Triennial report on the lunatic asylums in the province of Eastern Bengal and Assam - 1903-1911
Year: 1903
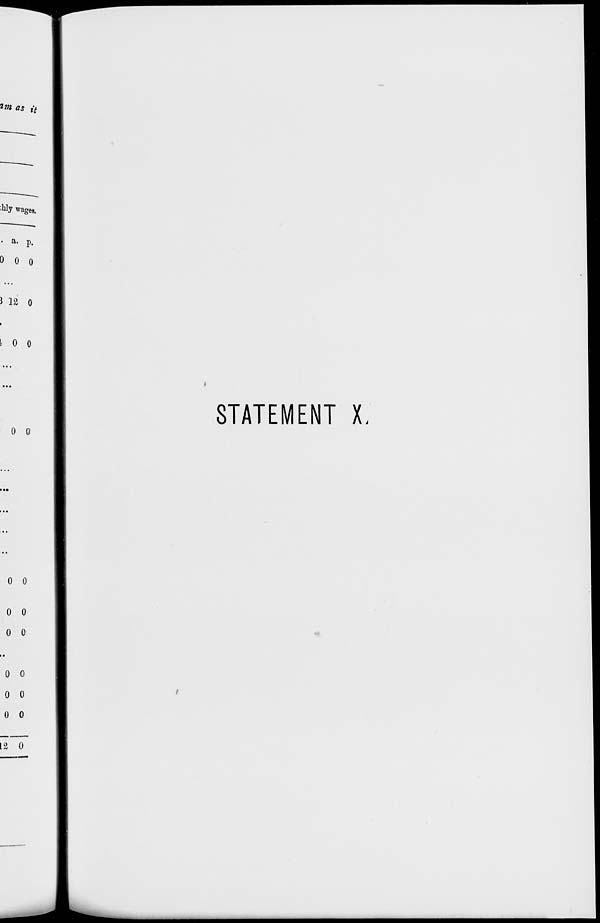
STATEMENT X.